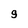
Character: 9